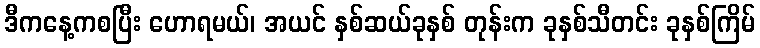
ဒီကနေ့ကစပြီး ဟောရမယ်၊ အယင် နှစ်ဆယ်ခုနှစ် တုန်းက ခုနှစ်သီတင်း ခုနှစ်ကြိမ်